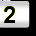
Digit: 2